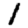
Digit: 1